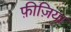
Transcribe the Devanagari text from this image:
फ़ीज़िया